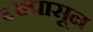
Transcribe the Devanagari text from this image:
६७पासून